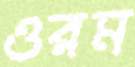
ওরম